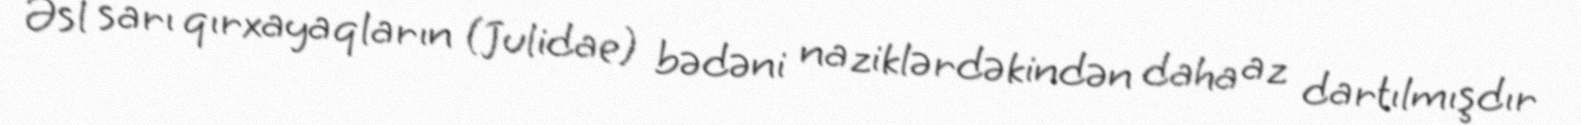
Əsl sarı qırxayaqların (Julidae) bədəni naziklərdəkindən daha az dartılmışdır